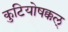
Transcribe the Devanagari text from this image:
कुटियोषक्कल्